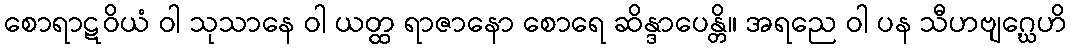
စောရာဋဝိယံ ဝါ သုသာနေ ဝါ ယတ္ထ ရာဇာနော စောရေ ဆိန္ဒာပေန္တိ။ အရညေ ဝါ ပန သီဟဗျဂ္ဃေဟိ